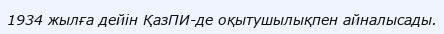
1934 жылға дейін ҚазПИ-де оқытушылықпен айналысады.